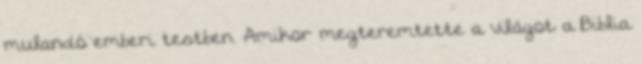
mulandó emberi testben. Amikor megteremtette a világot a Biblia